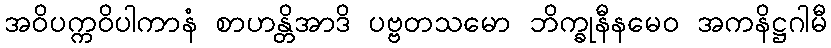
အဝိပက္ကဝိပါကာနံ စာဟန္တိအာဒိ ပဗ္ဗတသမော ဘိက္ခုနီနမေဝ အကနိဋ္ဌဂါမီ